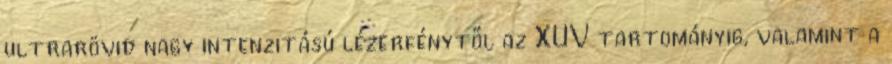
ultrarövid nagy intenzitású lézerfénytől az XUV tartományig, valamint a